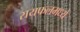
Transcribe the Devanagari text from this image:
रायफलमध्ये